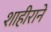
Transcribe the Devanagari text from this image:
शाहीराने